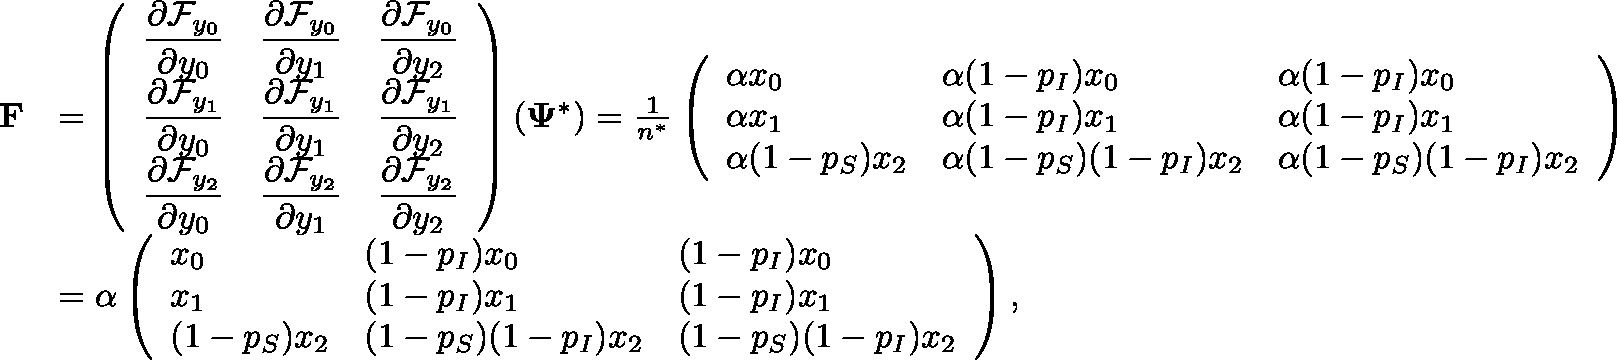
\begin{array} { r l } { \mathbf { F } } & { = \left( \begin{array} { l l l } { \displaystyle \frac { \partial \mathcal { F } _ { y _ { 0 } } } { \partial y _ { 0 } } } & { \displaystyle \frac { \partial \mathcal { F } _ { y _ { 0 } } } { \partial y _ { 1 } } } & { \displaystyle \frac { \partial \mathcal { F } _ { y _ { 0 } } } { \partial y _ { 2 } } } \\ { \displaystyle \frac { \partial \mathcal { F } _ { y _ { 1 } } } { \partial y _ { 0 } } } & { \displaystyle \frac { \partial \mathcal { F } _ { y _ { 1 } } } { \partial y _ { 1 } } } & { \displaystyle \frac { \partial \mathcal { F } _ { y _ { 1 } } } { \partial y _ { 2 } } } \\ { \displaystyle \frac { \partial \mathcal { F } _ { y _ { 2 } } } { \partial y _ { 0 } } } & { \displaystyle \frac { \partial \mathcal { F } _ { y _ { 2 } } } { \partial y _ { 1 } } } & { \displaystyle \frac { \partial \mathcal { F } _ { y _ { 2 } } } { \partial y _ { 2 } } } \end{array} \right) ( \mathbf { \Psi } ^ { * } ) = \frac { 1 } { n ^ { * } } \left( \begin{array} { l l l } { \displaystyle \alpha x _ { 0 } } & { \displaystyle \alpha ( 1 - p _ { I } ) x _ { 0 } } & { \displaystyle \alpha ( 1 - p _ { I } ) x _ { 0 } } \\ { \displaystyle \alpha x _ { 1 } } & { \displaystyle \alpha ( 1 - p _ { I } ) x _ { 1 } } & { \displaystyle \alpha ( 1 - p _ { I } ) x _ { 1 } } \\ { \displaystyle \alpha ( 1 - p _ { S } ) x _ { 2 } } & { \displaystyle \alpha ( 1 - p _ { S } ) ( 1 - p _ { I } ) x _ { 2 } } & { \displaystyle \alpha ( 1 - p _ { S } ) ( 1 - p _ { I } ) x _ { 2 } } \end{array} \right) } \\ & { = \alpha \left( \begin{array} { l l l } { \displaystyle x _ { 0 } } & { \displaystyle ( 1 - p _ { I } ) x _ { 0 } } & { \displaystyle ( 1 - p _ { I } ) x _ { 0 } } \\ { \displaystyle x _ { 1 } } & { \displaystyle ( 1 - p _ { I } ) x _ { 1 } } & { \displaystyle ( 1 - p _ { I } ) x _ { 1 } } \\ { \displaystyle ( 1 - p _ { S } ) x _ { 2 } } & { \displaystyle ( 1 - p _ { S } ) ( 1 - p _ { I } ) x _ { 2 } } & { \displaystyle ( 1 - p _ { S } ) ( 1 - p _ { I } ) x _ { 2 } } \end{array} \right) , } \end{array}